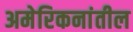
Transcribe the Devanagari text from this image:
अमेरिकनांतील